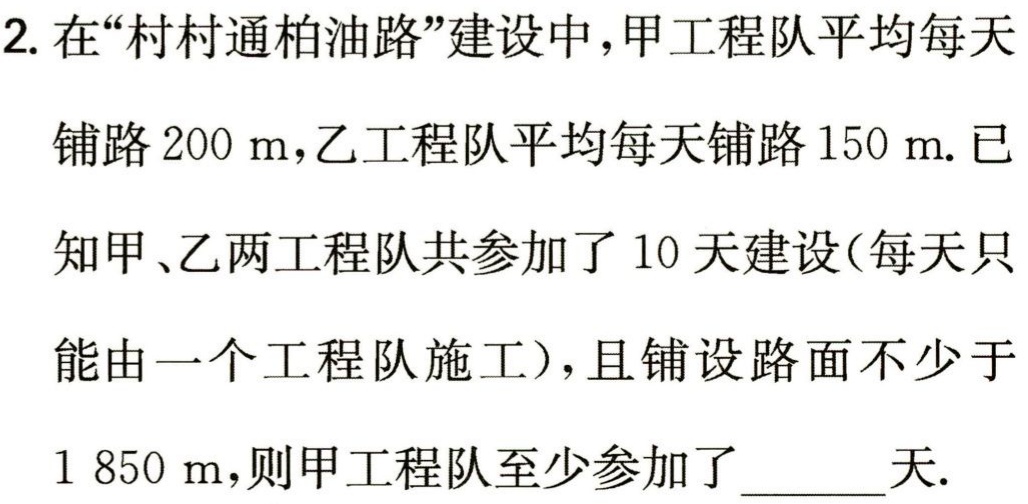
2. 在“村村通柏油路”建设中，甲工程队平均每天

铺路\(200\mathrm{m}\)，乙工程队平均每天铺路\(150\mathrm{m}\). 已

知甲、乙两工程队共参加了\(10\)天建设(每天只

能由一个工程队施工)，且铺设路面不少于

\(1850\mathrm{m}\)，则甲工程队至少参加了______天.